Vana-Vandra_vallavalitsus, lk 38
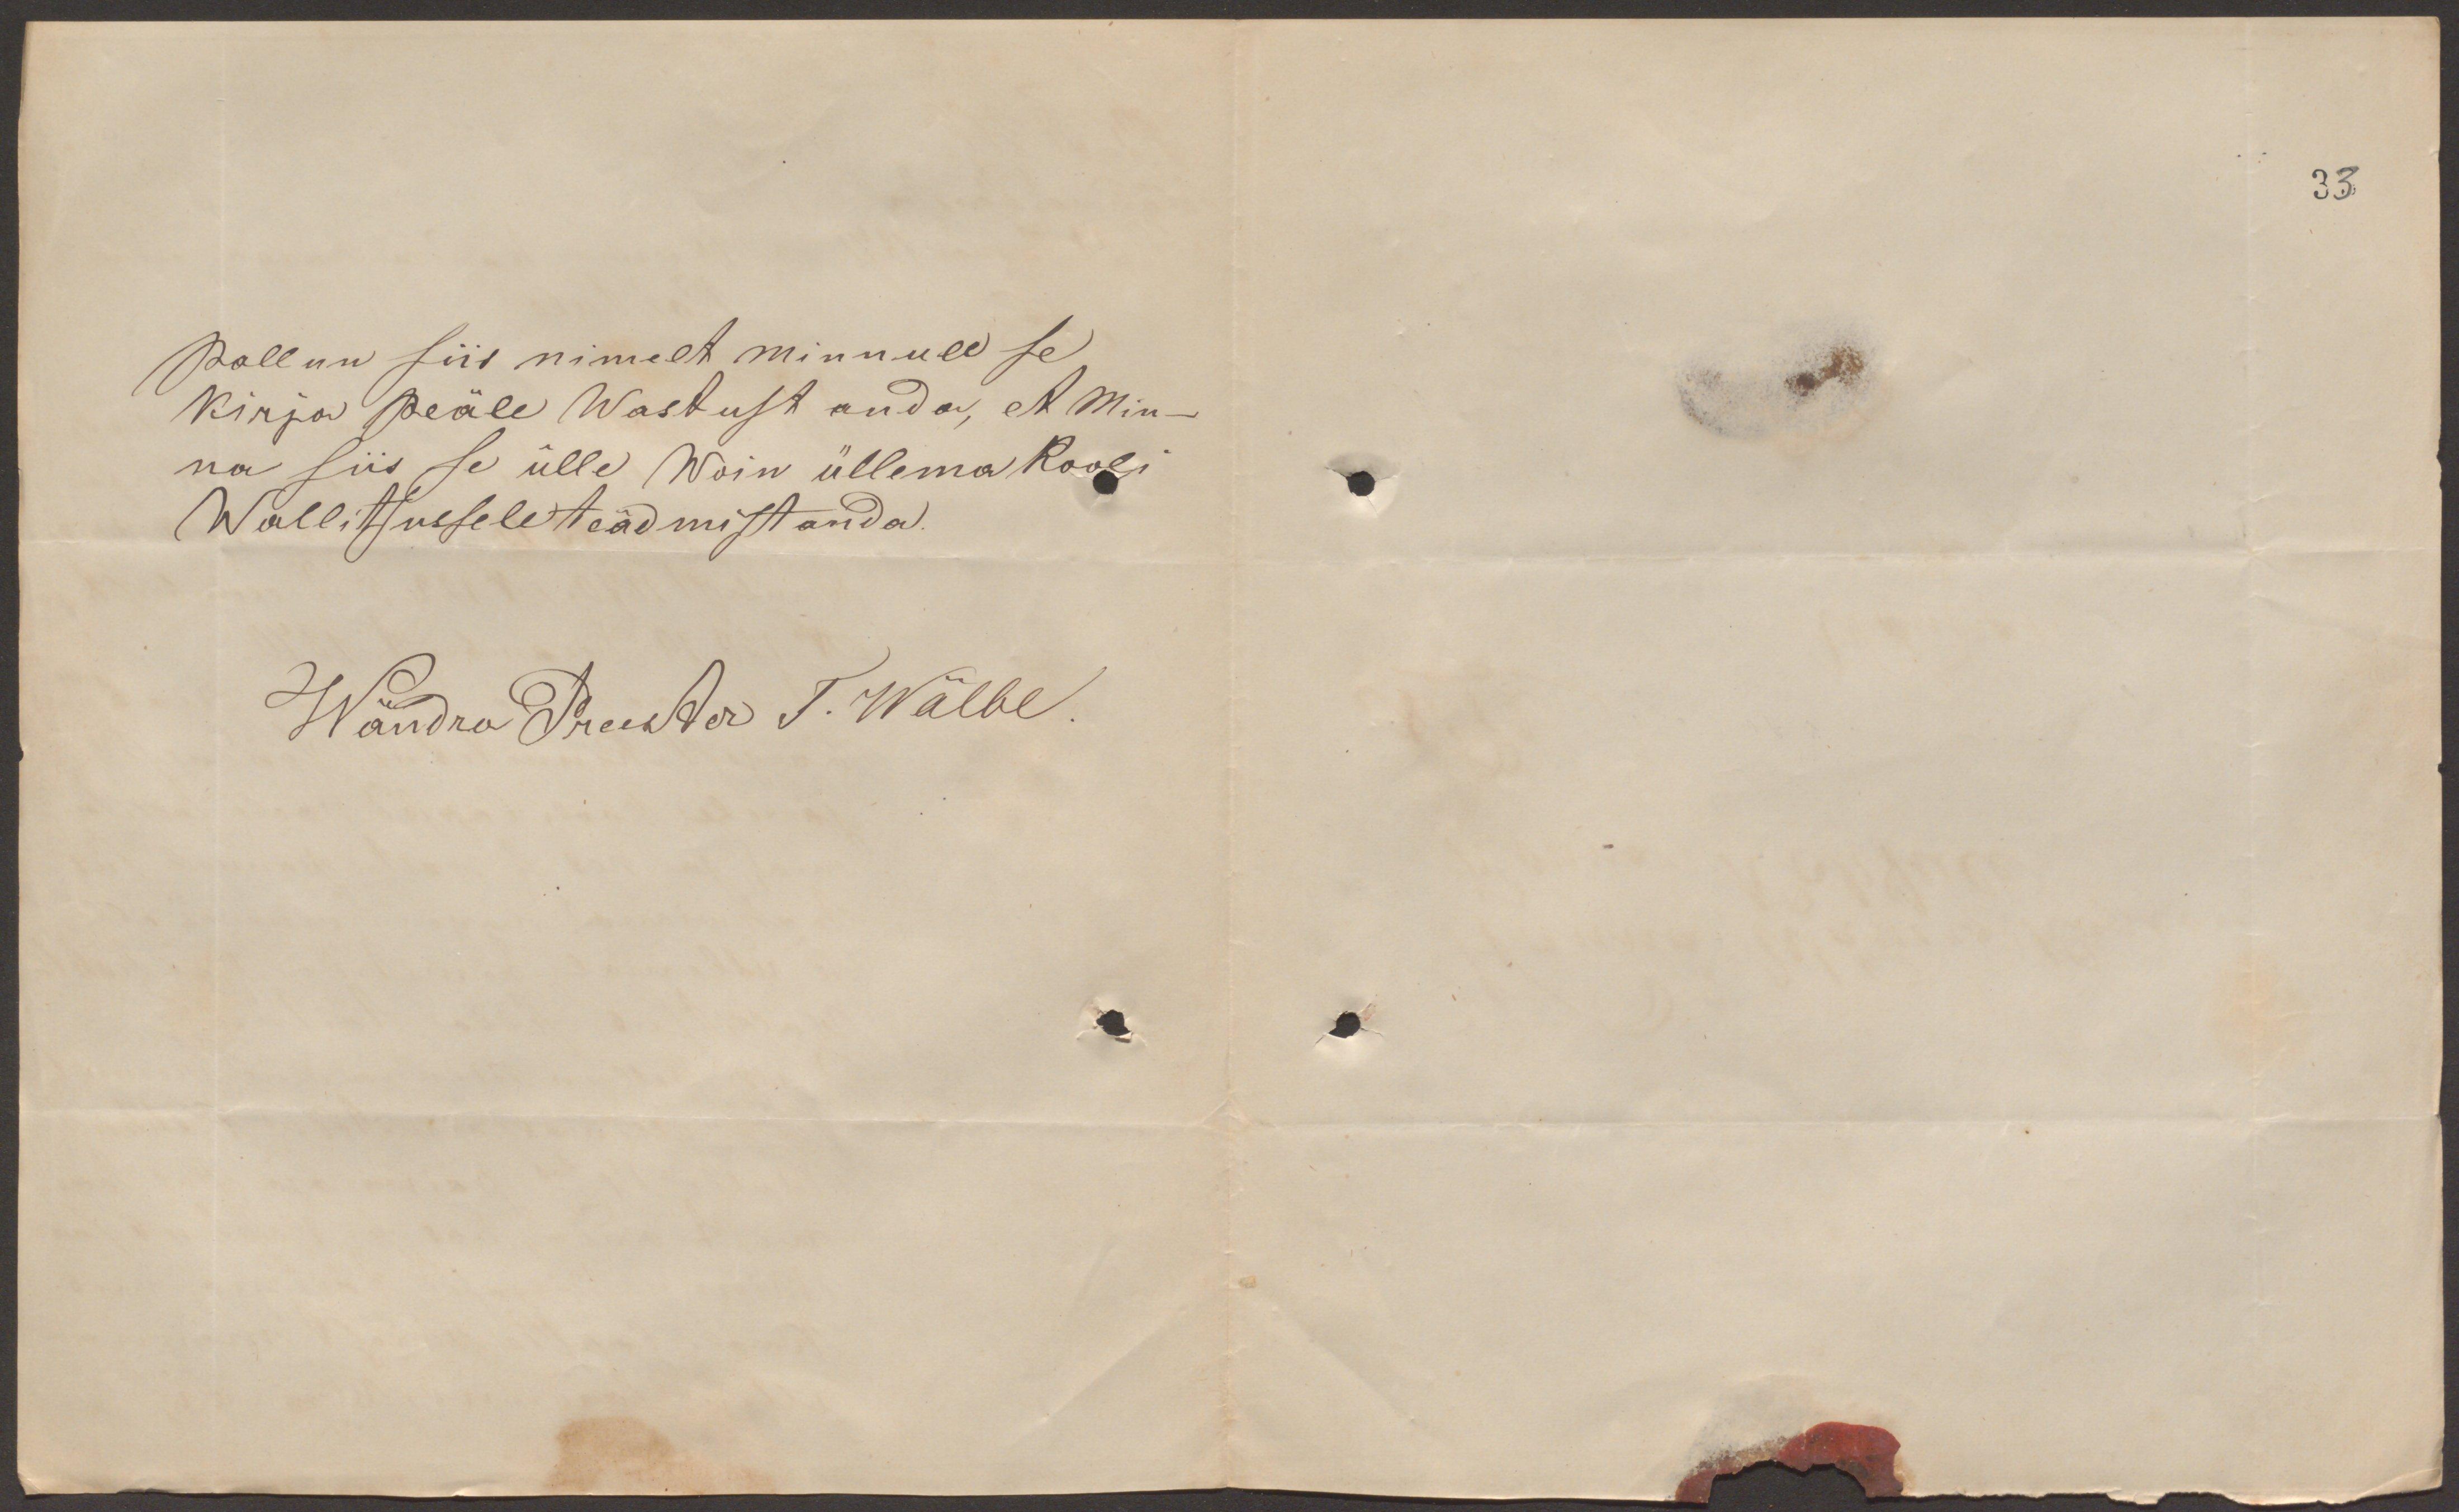
33

Pallun siis nimelt minnule se
Kirja peäle Wastust anda, et Min-
na siis se ülle Wõin üllema kooli
Wallitsusele teadmist anda.
Wändra Preester T. Wälbe